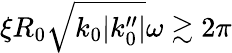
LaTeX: \xi R_{0}\sqrt{k_{0}|k_{0}^{\prime\prime}|}\omega\gtrsim 2\pi